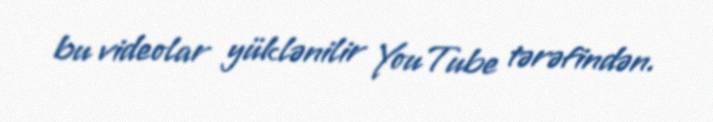
bu videolar yüklənilir YouTube tərəfindən.